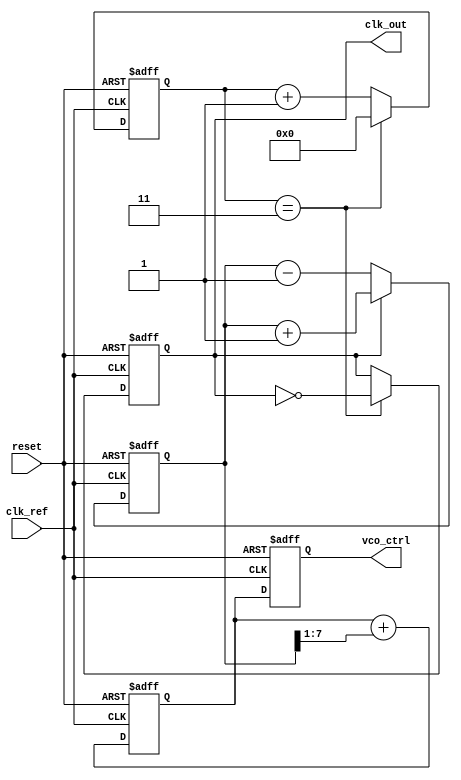
module low_jitter_pll (
    input wire clk_ref,        // Reference clock input
    input wire reset,          // Reset signal
    output reg clk_out,        // Output clock signal
    output reg [7:0] vco_ctrl  // Control voltage for VCO (simplified)
);

// Parameters
parameter VCO_MAX_FREQ = 100; // Maximum VCO frequency
parameter VCO_MIN_FREQ = 10;   // Minimum VCO frequency
parameter DIV_FACTOR = 4;      // Frequency divider factor

// Internal signals
reg [7:0] phase_error;          // Phase error signal
reg [7:0] loop_filter_out;      // Output of the loop filter
reg [7:0] vco_freq;             // Current VCO frequency
reg [31:0] counter;             // Frequency divider counter

// Phase Detector (PD)
always @(posedge clk_ref or posedge reset) begin
    if (reset) begin
        phase_error <= 0;
    end else begin
        // Simplified phase detection logic
        // In a real implementation, this would compare the phase of clk_ref and clk_out
        if (clk_out) begin
            phase_error <= phase_error + 1; // Increment phase error
        end else begin
            phase_error <= phase_error - 1; // Decrement phase error
        end
    end
end

// Loop Filter (LF)
always @(posedge clk_ref or posedge reset) begin
    if (reset) begin
        loop_filter_out <= 0;
    end else begin
        // Simple proportional filter
        loop_filter_out <= loop_filter_out + (phase_error >> 1); // Adjust based on phase error
    end
end

// Voltage-Controlled Oscillator (VCO)
always @(posedge clk_ref or posedge reset) begin
    if (reset) begin
        vco_freq <= VCO_MIN_FREQ;
        vco_ctrl <= 0;
    end else begin
        // Control VCO frequency based on loop filter output
        vco_ctrl <= loop_filter_out[7:0]; // Use lower 8 bits for control voltage
        vco_freq <= VCO_MIN_FREQ + (vco_ctrl % (VCO_MAX_FREQ - VCO_MIN_FREQ)); // Adjust frequency
    end
end

// Frequency Divider
always @(posedge clk_ref or posedge reset) begin
    if (reset) begin
        counter <= 0;
        clk_out <= 0;
    end else begin
        if (counter == (DIV_FACTOR - 1)) begin
            clk_out <= ~clk_out; // Toggle output clock
            counter <= 0; // Reset counter
        end else begin
            counter <= counter + 1; // Increment counter
        end
    end
end

endmodule